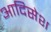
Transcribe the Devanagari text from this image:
आदिसेश